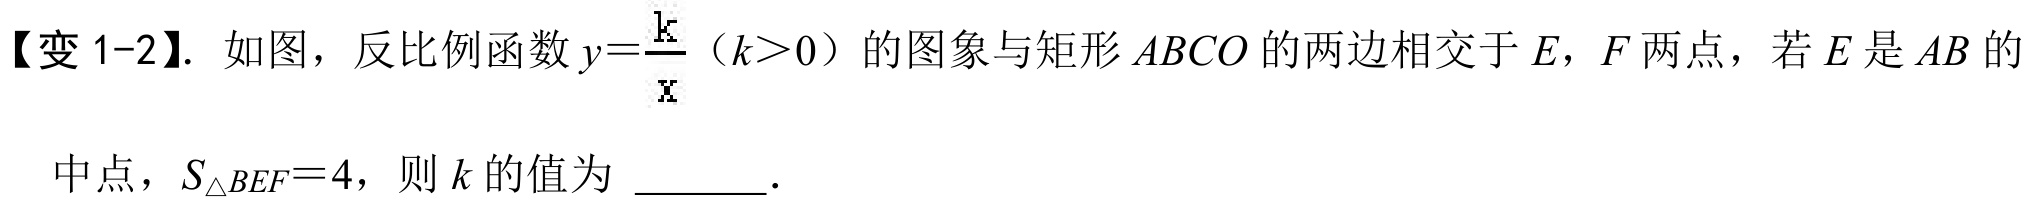
【变 1-2】. 如图，反比例函数 \(y = \frac{k}{x}\)（\(k>0\)）的图象与矩形 \(ABCO\) 的两边相交于 \(E\)，\(F\) 两点，若 \(E\) 是 \(AB\) 的
中点，\(S_{\triangle BEF}=4\)，则 \(k\) 的值为 \(\underline{\ \ \ \ \ \ }\).